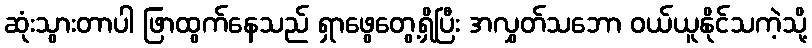
ဆုံးသွားတာပါ ဖြာထွက်နေသည် ရှာဖွေတွေ့ရှိပြီး အလွှတ်သဘော ဝယ်ယူနိုင်သကဲ့သို့